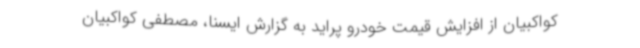
کواکبیان از افزایش قیمت خودرو پراید به گزارش ایسنا، مصطفی کواکبیان